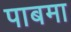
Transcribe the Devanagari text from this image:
पाबमा